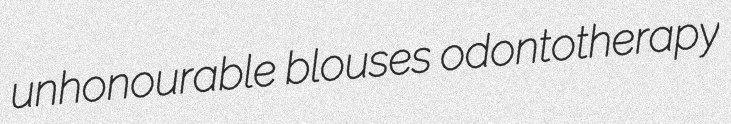
unhonourable blouses odontotherapy